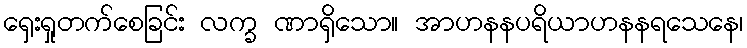
ရှေးရှုတက်စေခြင်း လက္ခ ဏာရှိသော။ အာဟနနပရိယာဟနနရသေနေ၊